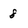
Character: 8